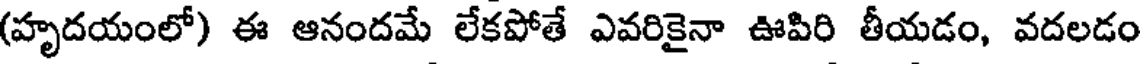
(హృదయంలో) ఈ ఆనందమే లేకపోతే ఎవరికైనా ఊపిరి తీయడం, వదలడం